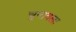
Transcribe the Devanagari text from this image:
चुनावला